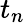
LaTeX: t_{n}